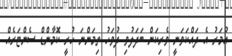
އުމަރު އެ ދައްކަވަނީ ވެރިކަން ބަދަލުވި ދުވަހު ތިމަންނަ ހުރީ ކޮމާންޑް ސެންޓަރެއް